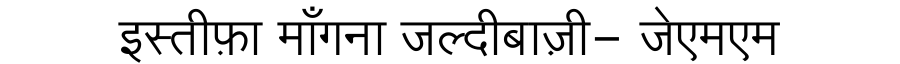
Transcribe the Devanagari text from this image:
इस्तीफ़ा माँगना जल्दीबाज़ी- जेएमएम